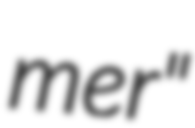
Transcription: mer"